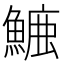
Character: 𮬁